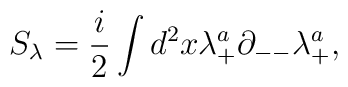
S_{\lambda}= {i\over 2}\int d^2x \lambda^a_+\partial_{--}\lambda^a_+,